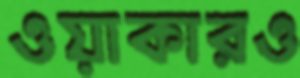
ওয়াকারও